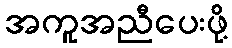
အကူအညီပေးဖို့